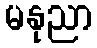
မနုညာ